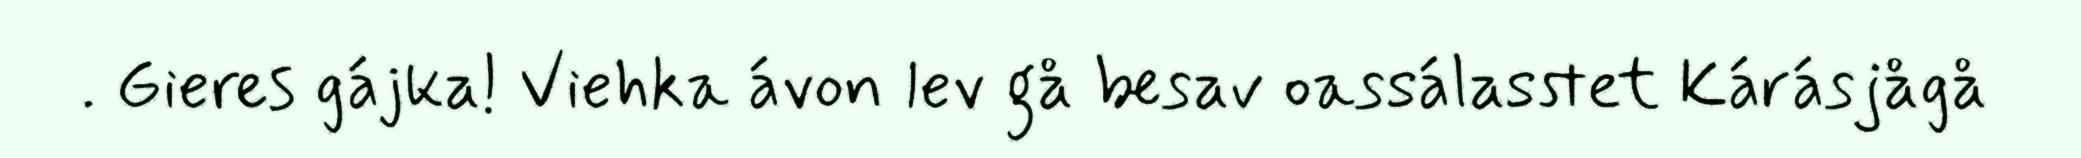
. Gieres gájka! Viehka ávon lev gå besav oassálasstet Kárásjågå